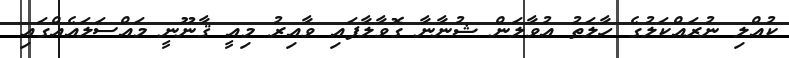
ކުއްލި ނުރައްކަލުގެ ހާލަތު އުވާލަން ޝުނާނާ ގޮވާލާފައި ވާއިރު މިއީ ޤާނޫނީ މައްސަލައެއްގައި